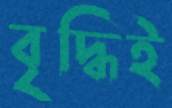
বৃদ্ধিই